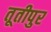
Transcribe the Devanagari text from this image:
तूतीपुर